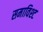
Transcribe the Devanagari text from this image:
समाविश्ट